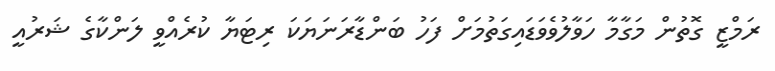
ރަމްޒީ ގޮތުން މަގާމާ ހަވާލުވެވަޑައިގަތުމަށް ފަހު ބަންޑާރަނަޔަކަ ރިޓަޔާ ކުރެއްވީ ލަންކާގެ ޝަރުއީ